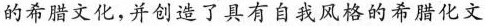
的希腊文化，并创造了具有自我风格的希腊化文